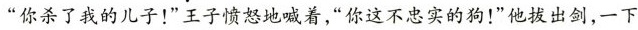
”你杀了我的儿子！”王子愤怒地喊着，”你这不忠实的狗！”他拔出剑，一下